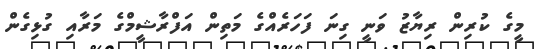
މީގެ ކުރިން ރިޔާޒު ވަނީ ގިނަ ފަހަރެއްގެ މަތިން އަފްރާޝީމްގެ މަރާއި ގުޅިގެން